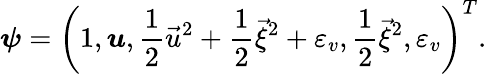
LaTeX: \boldsymbol{\psi}=\left(1,\boldsymbol{u},\frac{1}{2}{\vec{u}}^{2}+\frac{1}{2}{\vec{\xi}}^{2}+{\varepsilon_{v}},\frac{1}{2}{\vec{\xi}}^{2},{\varepsilon_{v}}\right)^{T}.